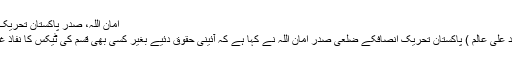
امان اللہ، صدر پاکستان تحریک – پامیر ٹائمز
گانچھے ( محمد علی عالم ) پاکستان تحریک انصافکے ضلعی صدر امان اللہ نے کہا ہے کہ آئینی حقوق دئیے بغیر کسی بھی قسم کی ٹیکس کا نفاذ غیر قانونی ہے ۔